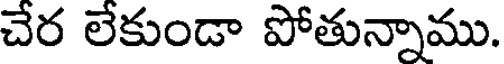
చేర లేకుండా పోతున్నాము.